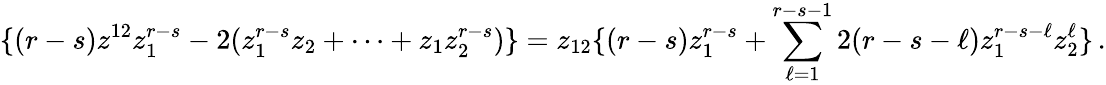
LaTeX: \{ (r-s)z^{12}z_{1}^{r-s}-2(z_{1}^{r-s}z_{2}+\cdots+z_{1}z_{2}^{r-s})\} =z_{12}\{ (r-s)z_{1}^{r-s}+\sum_{\ell=1}^{r-s-1}2(r-s-\ell)z_{1}^{r-s-\ell}z_{2}^{\ell}\} \, .